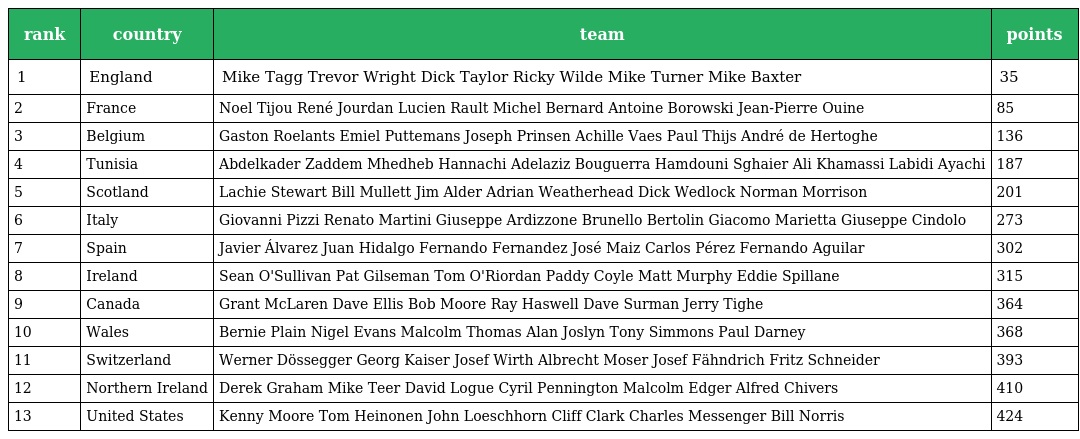
| rank | country | team | points |
 | --- | --- | --- | --- |
 | 1 | England | Mike Tagg Trevor Wright Dick Taylor Ricky Wilde Mike Turner Mike Baxter | 35 |
 | 2 | France | Noel Tijou René Jourdan Lucien Rault Michel Bernard Antoine Borowski Jean-Pierre Ouine | 85 |
 | 3 | Belgium | Gaston Roelants Emiel Puttemans Joseph Prinsen Achille Vaes Paul Thijs André de Hertoghe | 136 |
 | 4 | Tunisia | Abdelkader Zaddem Mhedheb Hannachi Adelaziz Bouguerra Hamdouni Sghaier Ali Khamassi Labidi Ayachi | 187 |
 | 5 | Scotland | Lachie Stewart Bill Mullett Jim Alder Adrian Weatherhead Dick Wedlock Norman Morrison | 201 |
 | 6 | Italy | Giovanni Pizzi Renato Martini Giuseppe Ardizzone Brunello Bertolin Giacomo Marietta Giuseppe Cindolo | 273 |
 | 7 | Spain | Javier Álvarez Juan Hidalgo Fernando Fernandez José Maiz Carlos Pérez Fernando Aguilar | 302 |
 | 8 | Ireland | Sean O'Sullivan Pat Gilseman Tom O'Riordan Paddy Coyle Matt Murphy Eddie Spillane | 315 |
 | 9 | Canada | Grant McLaren Dave Ellis Bob Moore Ray Haswell Dave Surman Jerry Tighe | 364 |
 | 10 | Wales | Bernie Plain Nigel Evans Malcolm Thomas Alan Joslyn Tony Simmons Paul Darney | 368 |
 | 11 | Switzerland | Werner Dössegger Georg Kaiser Josef Wirth Albrecht Moser Josef Fähndrich Fritz Schneider | 393 |
 | 12 | Northern Ireland | Derek Graham Mike Teer David Logue Cyril Pennington Malcolm Edger Alfred Chivers | 410 |
 | 13 | United States | Kenny Moore Tom Heinonen John Loeschhorn Cliff Clark Charles Messenger Bill Norris | 424 |